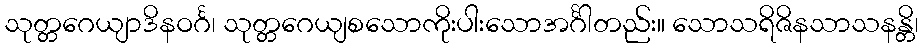
သုတ္တဂေယျာဒိနဝင်္ဂ၊ သုတ္တဂေယျစသောကိုးပါးသောအင်္ဂါတည်း။ သောသရိဇိနသာသနန္တိ၊